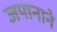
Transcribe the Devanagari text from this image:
जपानाने